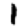
Digit: 1